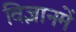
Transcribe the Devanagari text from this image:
विज्ञानमें